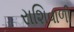
રાશિવાળી